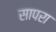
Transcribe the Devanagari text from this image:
सापरा